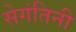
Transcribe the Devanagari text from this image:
सेगंतिनी